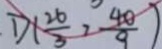
D ( \frac { 2 6 } { 3 } > \frac { 4 0 } { 9 } )